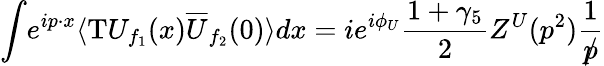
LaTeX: {\displaystyle\int}e^{{ip\cdot x}}\langle\mathrm{T}{U_{{f_{1}}}}(x){\overline{{{U}}}_{{f_{2}}}}(0)\rangle dx=ie^{{i{\phi_{U}}}}{\displaystyle\frac{1+{\gamma_{5}}}{2}}Z^{U}(p^{2}){\displaystyle\frac{1}{{/\! \! \! }p}}{}